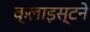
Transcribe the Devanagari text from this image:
क्लाइस्टने